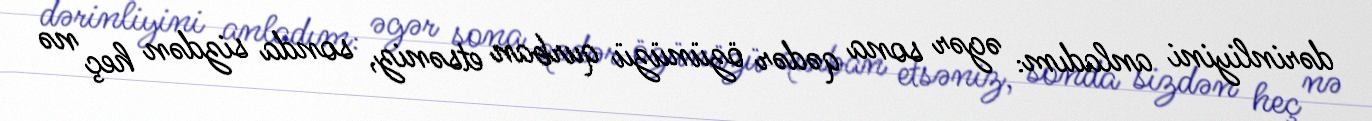
dərinliyini anladım: əgər sona qədər özünüzü qurban etsəniz, sonda sizdən heç nə